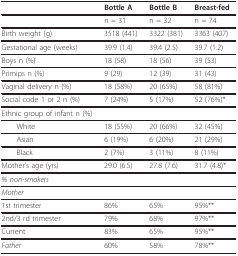
|  | Bottle A | Bottle B | Breast-fed |
 | --- | --- | --- | --- |
 |  | n = 31 | n = 32 | n = 74 |
 | Birth weight (g) | 3518 (441) | 3322 (381) | 3363 (407) |
 | Gestational age (weeks) | 39.9 (1.4) | 39.4 (2.5) | 39.7 (1.2) |
 | Boys n (%) | 18 (58) | 18 (56) | 39 (53) |
 | Primips n (%) | 9 (29) | 12 (39) | 31 (43) |
 | Vaginal delivery n (%) | 18 (58%) | 20 (65%) | 58 (81%) |
 | Social code 1 or 2 n (%) | 7 (24%) | 5 (17%) | 52 (76%)* |
 | Ethnic group of infant n (%) |  |  |  |
 | White | 18 (55%) | 20 (66%) | 32 (45%) |
 | Asian | 6 (19%) | 6 (20%) | 21 (29%) |
 | Black | 2 (7%) | 3 (11%) | 8 (11%) |
 | Mother's age (yrs) | 29.0 (6.5) | 27.8 (7.6) | 31.7 (4.8)* |
 | % non-smokers |  |  |  |
 | Mother |  |  |  |
 | 1st trimester | 86% | 65% | 95%** |
 | 2nd/3 rd trimester | 79% | 68% | 97%** |
 | Current | 83% | 65% | 95%** |
 | Father | 60% | 58% | 78%** |